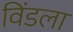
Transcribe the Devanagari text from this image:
विंडला